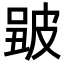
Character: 𤿮